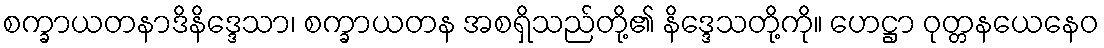
စက္ခာယတနာဒိနိဒ္ဒေသာ၊ စက္ခာယတန အစရှိသည်တို့၏ နိဒ္ဒေသတို့ကို။ ဟေဋ္ဌာ ဝုတ္တနယေနေဝ